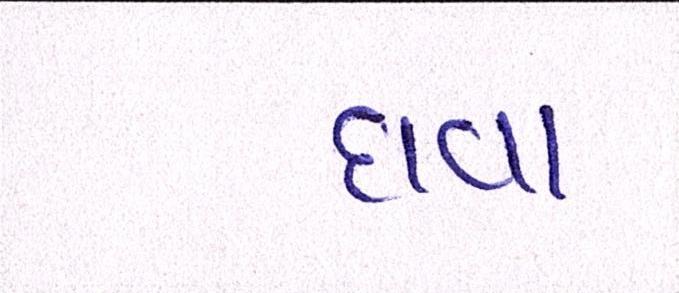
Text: દાવા